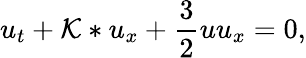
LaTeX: u_{t}+\mathcal{K}*u_{x}+\frac{3}{2}uu_{x}=0,